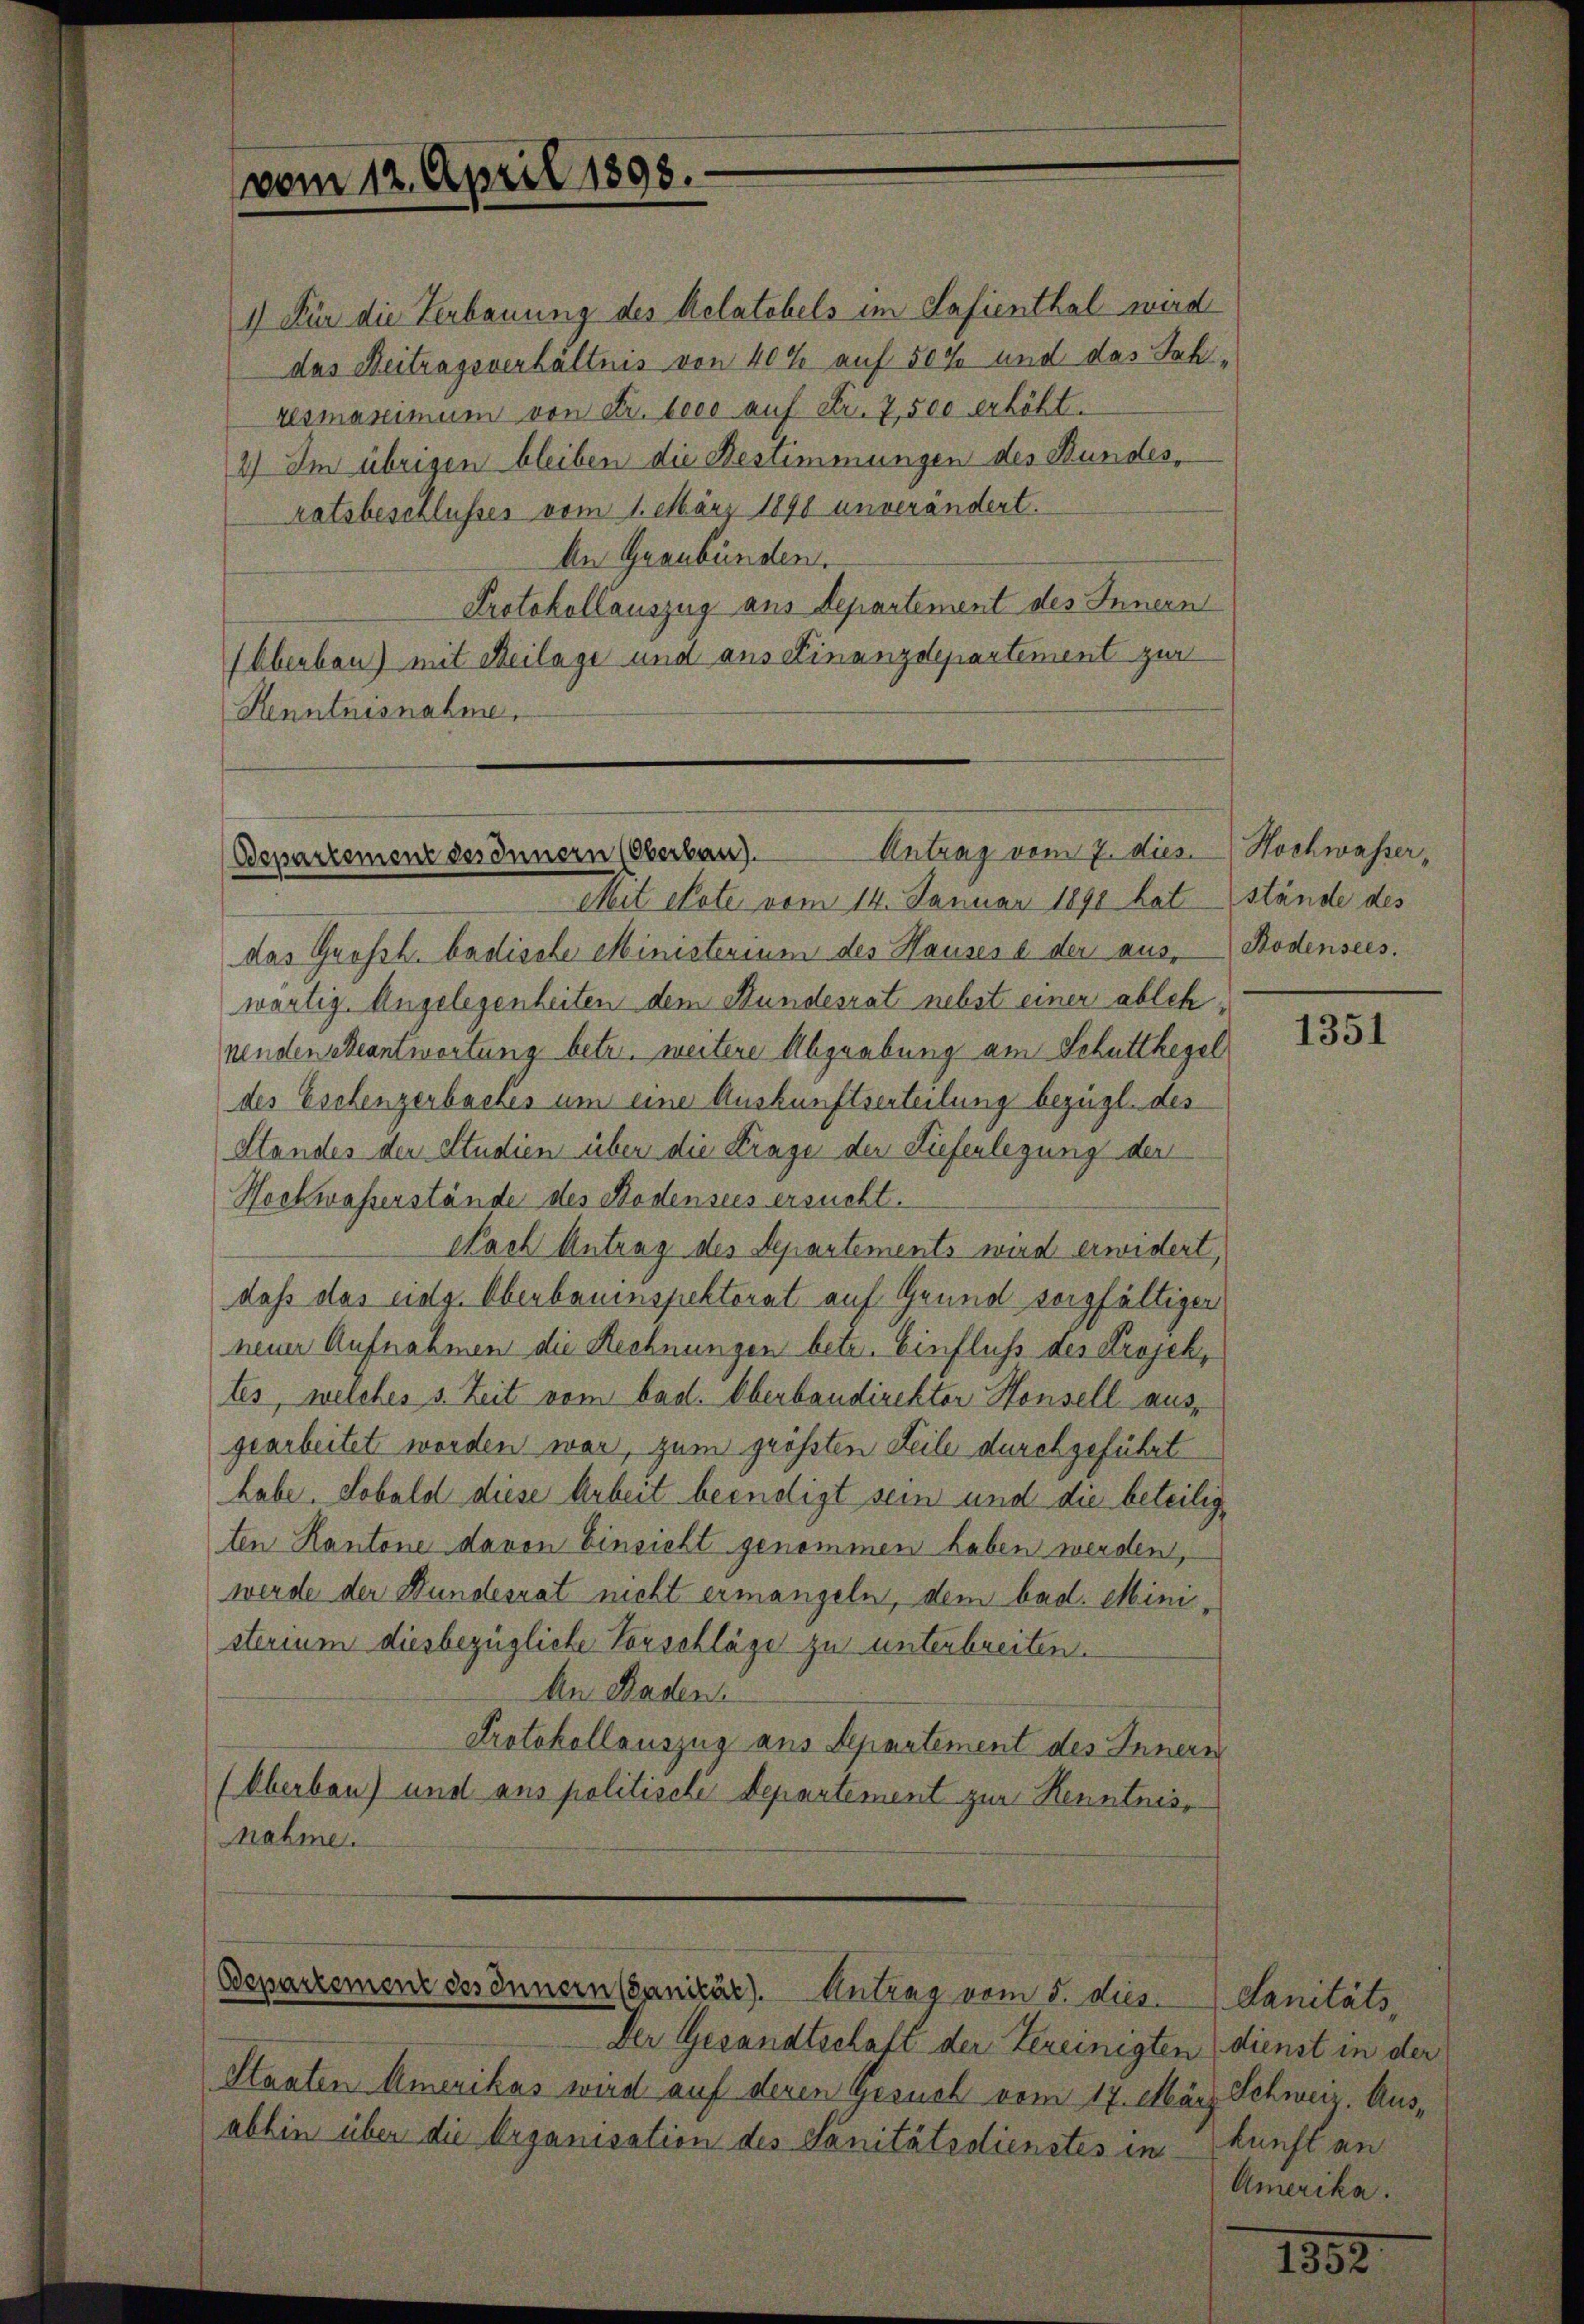
vom 12. April 1893.

1) Für die Verbauung des Relatebels im Safienthal wird
das Beitragsverhältnis von 40% auf 50% und das Jahresmaximum von Fr. loco auf Fr. 7500 erhöht.
2) Im übrigen bleiben die Bestimmungen des Bundesratsbeschlusses vom 1. März 1890 unverändert.
An Graubünden.
Protokollauszug aus Departement des Innern
Oberbau) mit Beilage und aus Finanzdepartement zur
Kenntnisnahme.

Departement des Innern (Oberbau). Antrag vom 7. dies

Mit etate vom 14. Januar 1890 hat stände des
das Großh. badische Ministerium des Hauses & der aus, Bodensees.
wärtig. Angelegenheiten dem Bundesrat nebst einer ablehnenden Beantwortung betr. weitere Abgrabung am Schutthegel
des Eschenzerbackes um eine Auskunftserteilung bezügl. des
Standes der Studien über die Frage der Liefenlegung der
Hockwasserstände des Bodensees ersucht.
Nach Antrag des Departements wird erwidert,
dass das eidg. Oberbauinspektorat auf Grund sorgfältiger
neun Aufnahmen die Rechnungen betr. Einfluss des Projektes, welches s. Zeit vom bad. Oberbaudirektor Hensell ausgearbeitet worden war, zum größten Teile durchgeführt
habe. Sobald diese Arbeit beendigt sein und die beteiligten Kantone davon Einsicht genommen haben werden,
werde der Bundesrat nicht ermangeln, dem bad. Ministerium diesbezügliche Vorschläge zu unterbreiten.
An Baden.
Protokollauszug aus Separtement des Innern
(Oberbau) und aus politische Departement zur Kenntniss
nahme.

Departement des Innern (anikär). Antrag vom 5. dies

Der Gesandtschaft der Vereinigten dienst in der
Staaten Amerikas wird auf deren Gesuch vom 17. März Schweiz. Ausabhin über die Organisation des Sanitätsdienstes in

Hochwasser,

1351

Sanitäts,
kunft an
Amerika.

1552